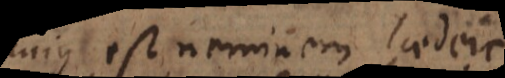
cujus est neminem laedere,